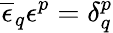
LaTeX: \overline{{{\epsilon}}}_{q}\epsilon^{p}=\delta_{q}^{p}